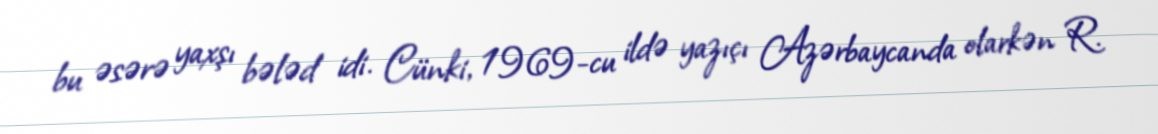
bu əsərə yaxşı bələd idi. Cünki, 1969-cu ildə yazıçı Azərbaycanda olarkən R.